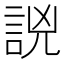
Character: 𧧗